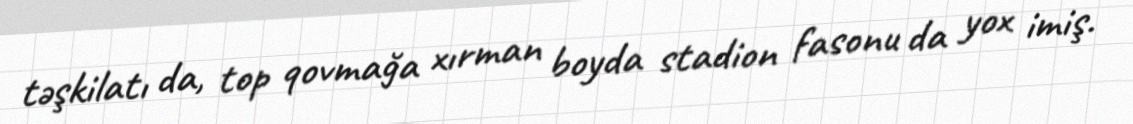
təşkilatı da, top qovmağa xırman boyda stadion fasonu da yox imiş.